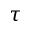
\tau